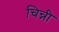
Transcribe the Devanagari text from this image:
चिन्नी